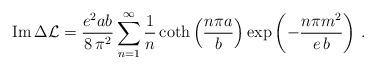
LaTeX: \begin{align*}{\rm Im}\,{\Delta {\cal L}} =\frac{e^2 a b}{8\,\pi^2} \sum_{n=1}^{\infty} \frac{1}{n}\coth\left( \frac{n\pi a}{b}\right)\exp\left(- \frac{n\pi m^2}{e\,b}\right) \, .\end{align*}